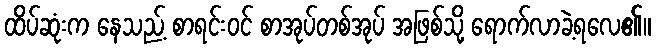
ထိပ်ဆုံးက နေသည့် စာရင်းဝင် စာအုပ်တစ်အုပ် အဖြစ်သို့ ရောက်လာခဲ့ရလေ၏။